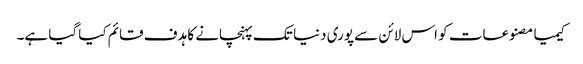
کیمیا مصنوعات کو اس لائن سے پوری دنیا تک پہنچانے کا ہدف قائم کیا گیا ہے۔